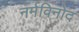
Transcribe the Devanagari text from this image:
नर्मविनोद